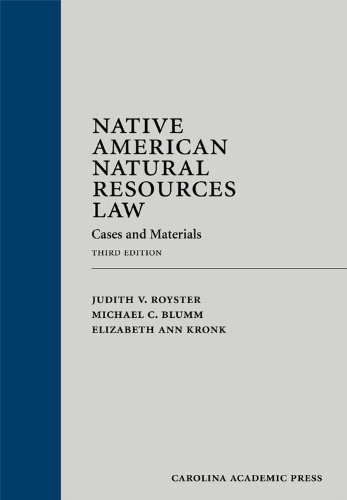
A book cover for Native American Natural Resources Law: Cases and Materials, Third Edition; Judith V. Royster; Law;